Insane asylums in Bengal annual reports 1867-1875 - 1867-1875
Year: 1867
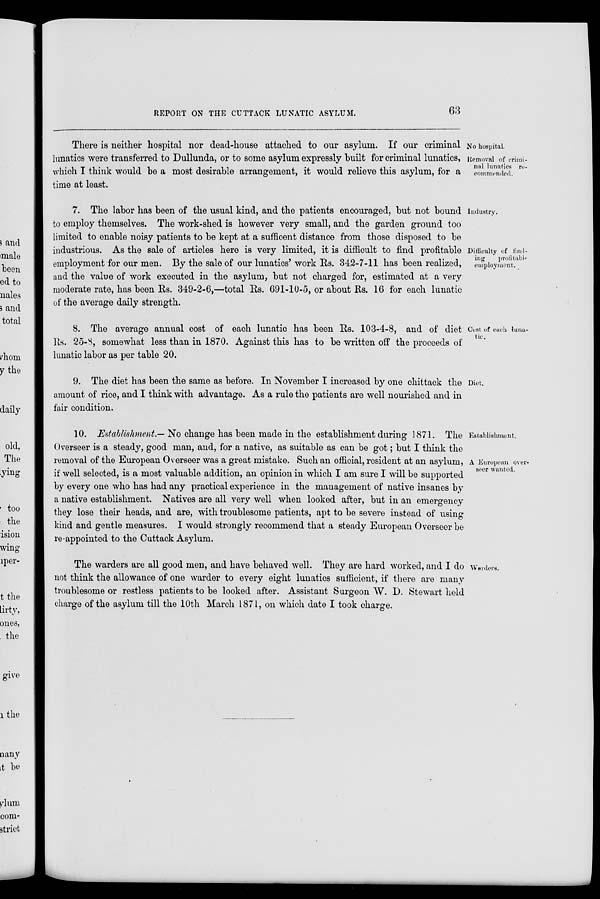
REPORT ON THE CUTTACK LUNATIC ASYLUM.
63
No hospital.
Removal of crimi-
nal lunatics re-
commended.
There is neither hospital nor dead-house attached to our asylum. If our criminal
lunatics were transferred to Dullunda, or to some asylum expressly built for criminal lunatics,
which I think would be a most desirable arrangement, it would relieve this asylum, for a
time at least.
Industry.
Difficulty of find-
ing
profitable
employment.
7. The labor has been of the usual kind, and the patients encouraged, but not bound
to employ themselves. The work-shed is however very small, and the garden ground too
limited to enable noisy patients to be kept at a sufficent distance from those disposed to be
industrious. As the sale of articles here is very limited, it is difficult to find profitable
employment for our men. By the sale of our lunatics' work Rs. 342-7-11 has been realized,
and the value of work executed in the asylum, but not charged for, estimated at a very
moderate rate, has been Rs. 349-2-6,—total Rs. 691-10-5, or about Rs. 16 for each lunatic
of the average daily strength.
Cost of each luna-
tic.
8. The average annual cost of each lunatic has been Rs. 103-4-8, and of diet
Rs. 25-8, somewhat less than in 1870. Against this has to be written off the proceeds of
lunatic labor as per table 20.
Diet.
9. The diet has been the same as before. In November I increased by one chittack the
amount of rice, and I think with advantage. As a rule the patients are well nourished and in
fair condition.
Establishment.
A European over-
seer wanted.
10. Establishment.-- No change has been made in the establishment during 1871. The
Overseer is a steady, good man, and, for a native, as suitable as can be got; but I think the
removal of the European Overseer was a great mistake. Such an official, resident at an asylum,
if well selected, is a most valuable addition, an opinion in which I am sure I will be supported
by every one who has had any practical experience in the management of native insanes by
a native establishment. Natives are all very well when looked after, but in an emergency
they lose their heads, and are, with troublesome patients, apt to be severe instead of using
kind and gentle measures. I would strongly recommend that a steady European Overseer be
re-appointed to the Cuttack Asylum.
Warders.
The warders are all good men, and have behaved well. They are hard worked, and I do
not think the allowance of one warder to every eight lunatics sufficient, if there are many
troublesome or restless patients to be looked after. Assistant Surgeon W. D. Stewart held
charge of the asylum till the 10th March 1871, on which date I took charge.